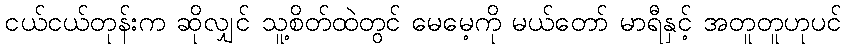
ငယ်ငယ်တုန်းက ဆိုလျှင် သူ့စိတ်ထဲတွင် မေမေ့ကို မယ်တော် မာရီနှင့် အတူတူဟုပင်